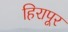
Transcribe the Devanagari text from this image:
हिरापूर